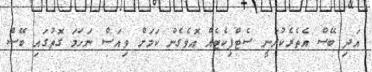
އަދި ބޭސް އެތެރެކުރަނީ ސެޓްފިކެޓެއް އޮވެގެން ކަމަށް ވިއަސް ނަހަމަ ގޮތުގައި ބޭސް